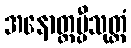
အနောတ္တပ္ပီသုတ္တံ